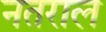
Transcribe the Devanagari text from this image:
नतराल